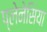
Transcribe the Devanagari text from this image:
प्लेनेसिया